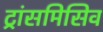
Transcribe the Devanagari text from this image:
ट्रांसमिसिव